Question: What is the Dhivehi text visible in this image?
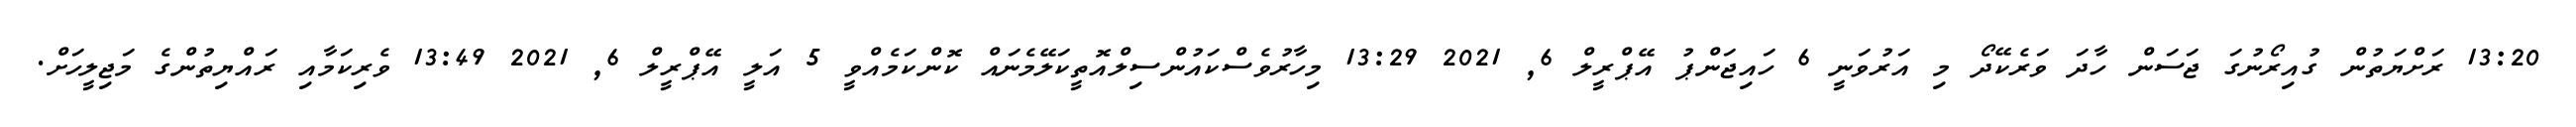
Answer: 13:20 ރަށްޔަތުން ގުއިރޯނުގަ ޖަސަން ހާދަ ވަރެކޭދޯ މި އަރުވަނީ 6 ހައިޖަންޕު އޭޕްރީލް 6, 2021 13:29 މިހާރުވެސްކައުންސިލްއޮތީކަލޭމެނައް ކޮންކަމެއްވީ 5 އަލީ އޭޕްރީލް 6, 2021 13:49 ވެރިކަމާއި ރައްޔިތުންގެ މަޖިލީހަށް.